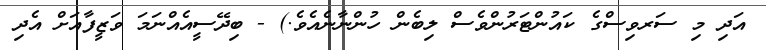
އަދި މި ސަރވިސްގެ ކައުންޓަރުންވެސް ލިބެން ހުންނާނެއެވެ.) - ބިދޭސީއެއްނަމަ ވަޒީފާއަށް އެދި